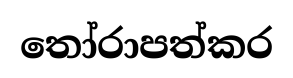
තෝරාපත්කර